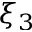
\xi _ { 3 }